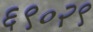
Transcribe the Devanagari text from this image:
६९०२९